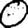
Digit: 0